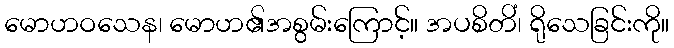
မောဟဝသေန၊ မောဟ၏အစွမ်းကြောင့်။ အပစိတိံ၊ ရိုသေခြင်းကို။